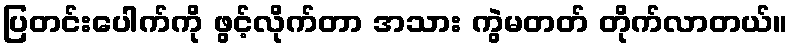
ပြတင်းပေါက်ကို ဖွင့်လိုက်တာ အသား ကွဲမတတ် တိုက်လာတယ်။